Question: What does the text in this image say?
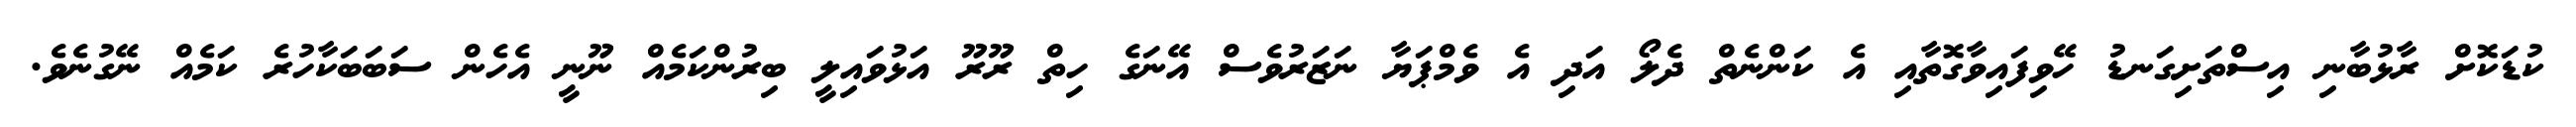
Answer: ކުޑަކޮށް ރާޅުބާނި އިސްތަށިގަނޑު ހޭވިފައިވާގޮތާއި އެ ކަންނެތް ދެލޯ އަދި އެ ވެމްޕަޔާ ނަޒަރުވެސް އޭނަގެ ހިތް ރޫރޫ އަޅުވައިލީ ބިރުންކަމެއް ނޫނީ އެހެން ސަބަބަކާހުރެ ކަމެއް ނޭގުނެވެ.